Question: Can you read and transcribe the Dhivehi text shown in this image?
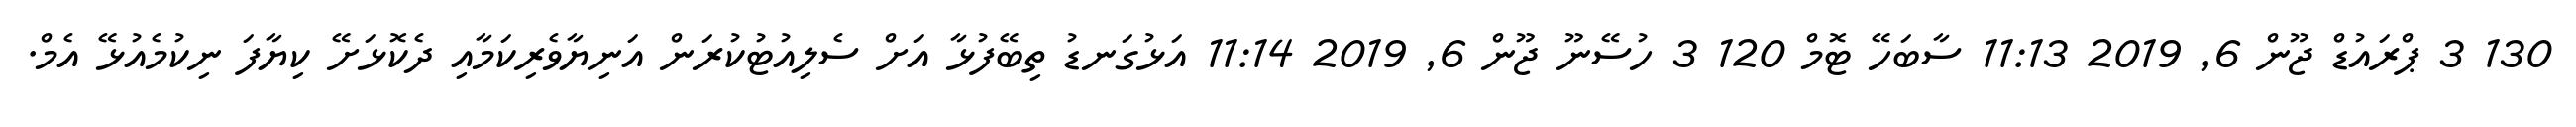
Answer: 130 3 ޕްރައުޑް ޖޫން 6, 2019 11:13 ސާބަހޭ ޓޮމް 120 3 ހުސޭނޫ ޖޫން 6, 2019 11:14 އަޅުގަނޑު ތިބޭފުޅާ އަށް ސެލިއުޓުކުރަން އަނިޔާވެރިކަމާއި ދެކޮޅަށޭ ކިޔާފަ ނިކުމެއުޅޭ އެމް.